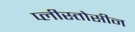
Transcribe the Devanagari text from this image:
प्लीस्तोसीन